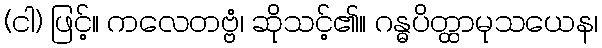
(ငါ) ဖြင့်။ ကလေတဗ္ဗံ၊ ဆိုသင့်၏။ ဂန္ဓပိတ္ထာမုသယေန၊